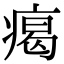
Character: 𤸎